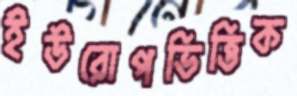
ইউরোপভিত্তিক